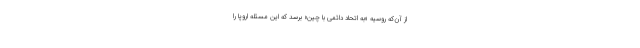
از آن‌که روسیه «به اتحاد دائمی با چین» برسد که این مسئله اروپا را